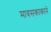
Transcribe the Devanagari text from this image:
मावसकाकाने